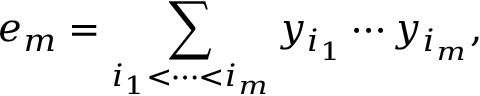
e _ { m } = \sum _ { i _ { 1 } < \cdots < i _ { m } } y _ { i _ { 1 } } \cdots y _ { i _ { m } } , \quad